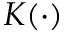
K ( \cdot )